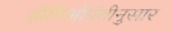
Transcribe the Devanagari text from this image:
होमिओपॅथीनुसार